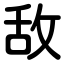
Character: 敌